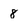
Character: 8